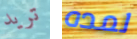
تريد لمده